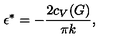
\epsilon ^ { * } = - { \frac { 2 c _ { V } ( G ) } { \pi k } } ,